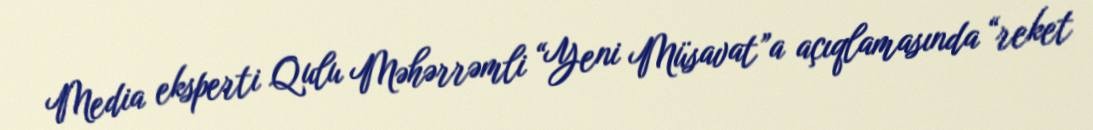
Media eksperti Qulu Məhərrəmli “Yeni Müsavat”a açıqlamasında “reket